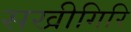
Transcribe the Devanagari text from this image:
सखीगिरि